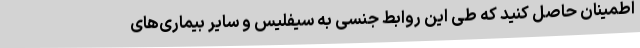
اطمینان حاصل کنید که طی این روابط جنسی به سیفلیس و سایر بیماری‌های